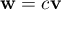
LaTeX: \mathbf { w } = c \mathbf { v }